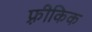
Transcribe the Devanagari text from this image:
फ़्रीकिक